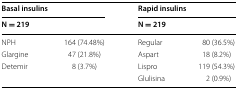
| <COLSPAN=2> Basal insulins | <COLSPAN=2> Rapid insulins |
 | <COLSPAN=2> N = 219 | <COLSPAN=2> N = 219 |
 | --- | --- | --- | --- |
 | NPH | 164 (74.48%) | Regular | 80 (36.5%) |
 | Glargine | 47 (21.8%) | Aspart | 18 (8.2%) |
 | Detemir | 8 (3.7%) | Lispro | 119 (54.3%) |
 |  |  | Glulisina | 2 (0.9%) |